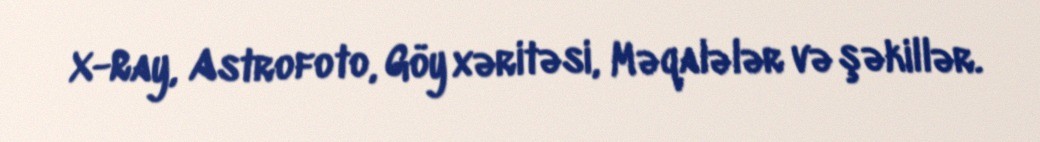
X-Ray, Astrofoto, Göy xəritəsi, Məqalələr və şəkillər.